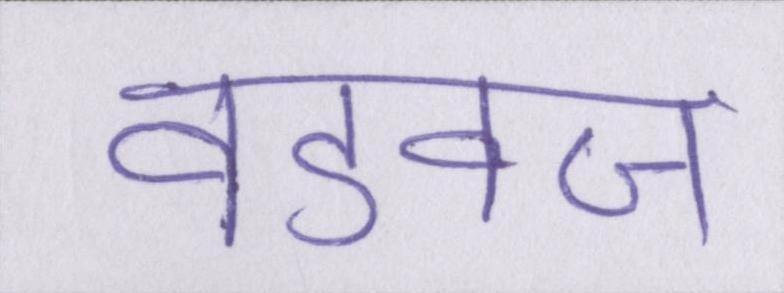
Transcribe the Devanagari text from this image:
वडवज